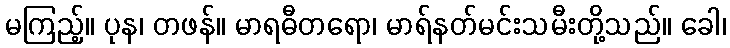
မကြည့်။ ပုန၊ တဖန်။ မာရဓီတရော၊ မာရ်နတ်မင်းသမီးတို့သည်။ ခေါ၊